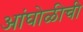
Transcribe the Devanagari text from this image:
आंघोळीची